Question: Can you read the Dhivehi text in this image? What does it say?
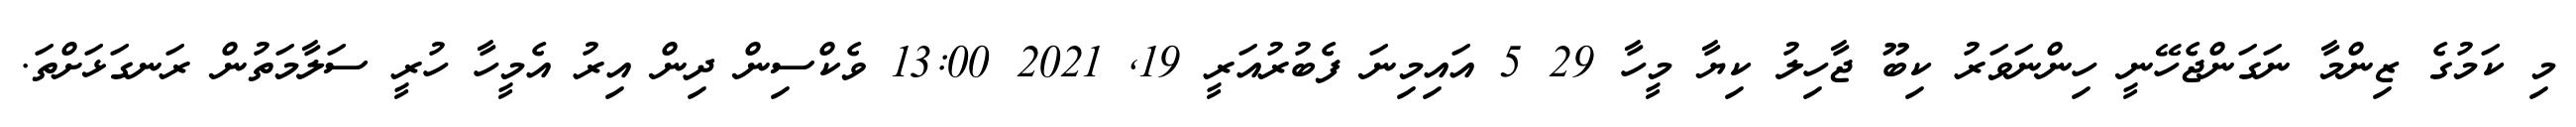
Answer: މި ކަމުގެ ޒިންމާ ނަގަންޖެހޭނީ ހިންނަވަރު ކިބޫ ޖާހިލު ކިޔާ މީހާ 29 5 އައިމިނަ ފެބުރުއަރީ 19, 2021 13:00 ވެކްސިން ދިން އިރު އެމީހާ ހުރީ ސަލާމަތުން ރަނގަޅަށްތަ.